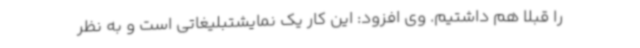
را قبلا هم داشتیم. وی افزود: این کار یک نمایشتبلیغاتی است و به نظر